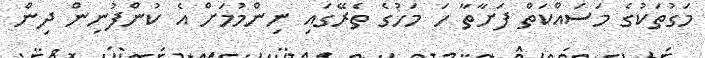
މަގުތަކުގެ މަސައްކަތް ފަށާތާ ހަ މަހުގެ ތެރޭގައި ނިންމުމަށް އެ ކުންފުނިން ދިން